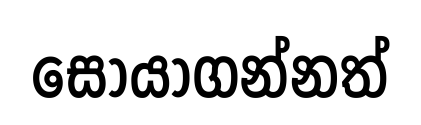
සොයාගන්නත්